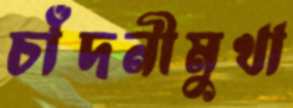
চাঁদনীমুখা